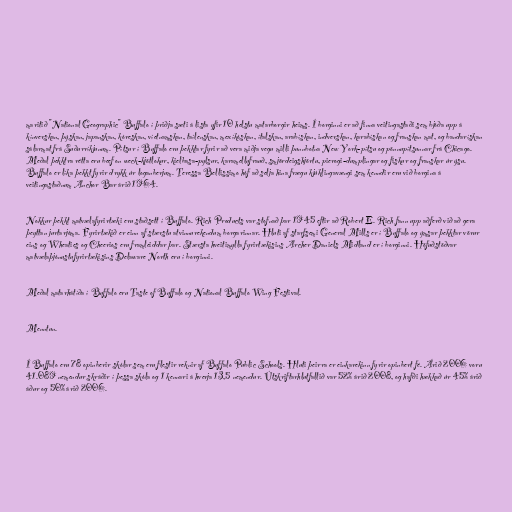
maritið "National Geographic" Buffalo í þriðja sæti á lista yfir 10 helstu matarborgir heims. Í borginni er að finna veitingastaði sem bjóða upp á
kínverskan, þýskan, japanskan, kóreskan, víetnamskan, taílenskan, mexíkóskan, ítalskan, arabískan, indverskan, karabískan og franskan mat, og bandarískan
sálarmat frá Suðurríkjunum. Pítsur í Buffalo eru þekktar fyrir að vera miðja vegu milli þunnbotna New York-pítsu og pönnupítsunnar frá Chicago.
Meðal þekktra rétta eru beef on weck-kjötlokur, kielbasa-pylsur, karamellufrauð, smjördeigshjörtu, pierogi-dumplingar og fiskur og franskar úr ýsu.
Buffalo er líka þekkt fyrir drykk úr loganberjum. Teressa Bellissimo hóf að selja hina frægu kjúklingavængi sem kenndir eru við borgina á
veitingastaðnum Anchor Bar árið 1964.

Nokkur þekkt matvælafyrirtæki eru staðsett í Buffalo. Rich Products var stofnað þar 1945 eftir að Robert E. Rich fann upp aðferð við að gera
þeyttan jurtarjóma. Fyrirtækið er einn af stærstu atvinnurekendum borgarinnar. Hluti af starfsemi General Mills er í Buffalo og ýmsar þekktar vörur
eins og Wheaties og Cheerios eru framleiddar þar. Stærsta hveitimylla fyrirtækisins Archer Daniels Midland er í borginni. Höfuðstöðvar
matvælaþjónustufyrirtækisins Delaware North eru í borginni.

Meðal matarhátíða í Buffalo eru Taste of Buffalo og National Buffalo Wing Festival.

Menntun.

Í Buffalo eru 78 opinberir skólar sem eru flestir reknir af Buffalo Public Schools. Hluti þeirra er einkarekinn fyrir opinbert fé. Árið 2006 voru
41.089 nemendur skráðir í þessa skóla og 1 kennari á hverja 13,5 nemendur. Útskriftarhlutfallið var 52% árið 2008, og hafði hækkað úr 45% árið
áður og 50% árið 2006.